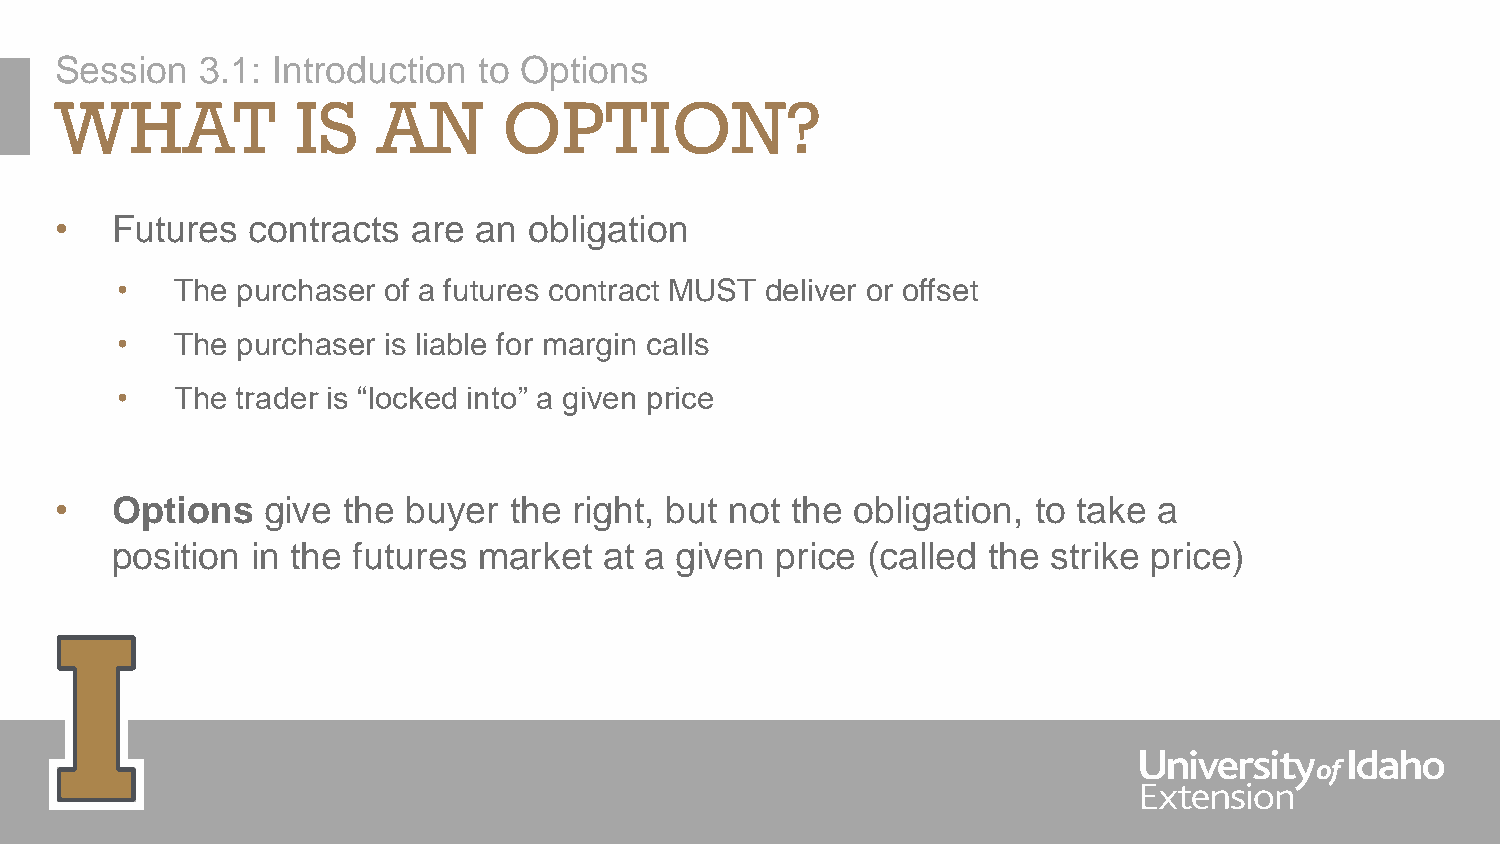
Session  3.1: Introduction  to Options
 WHAT            IS   AN      OPTION?
 •  Futures  contracts  are  an obligation
 •   The purchaser of a futures contract MUST deliver or offset
 •   The purchaser is liable for margin calls
 •   The trader is “locked into” a given price
 •  Options   give  the buyer  the right, but not the obligation, to take a
 position  in the futures market  at a given price (called the  strike price)